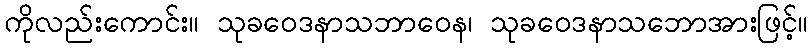
ကိုလည်းကောင်း။ သုခဝေဒနာသဘာဝေန၊ သုခဝေဒနာသဘောအားဖြင့်။